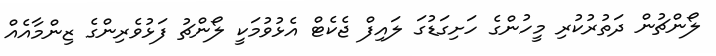
ލޯންޗުން ދަތުރުކުރި މީހުންގެ ހަށިގަޑުގަ ލައިފް ޖެކެޓް އެޅުވުމަކީ ލޯންޗު ފަޅުވެރިންގެ ޒިންމާއެއް